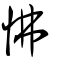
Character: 怫